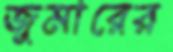
জুমারের